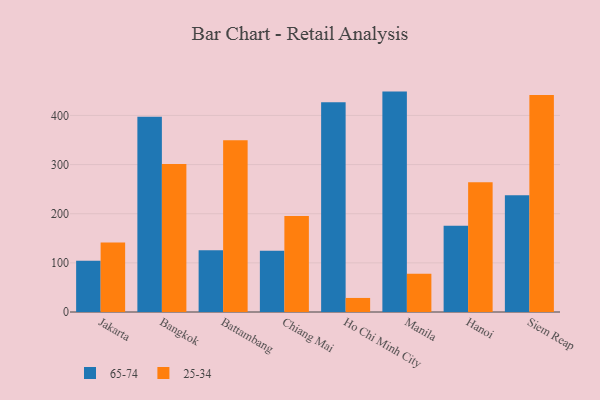
{"axis": {"x": "City", "y": "Humidity (%)"}, "legend": ["25-34", "65-74"], "data": [{"x": "Jakarta", "y": 104.4, "type": "65-74"}, {"x": "Jakarta", "y": 141.4, "type": "25-34"}, {"x": "Bangkok", "y": 397.5, "type": "65-74"}, {"x": "Bangkok", "y": 301.3, "type": "25-34"}, {"x": "Battambang", "y": 125.9, "type": "65-74"}, {"x": "Battambang", "y": 349.7, "type": "25-34"}, {"x": "Chiang Mai", "y": 124.8, "type": "65-74"}, {"x": "Chiang Mai", "y": 195.3, "type": "25-34"}, {"x": "Ho Chi Minh City", "y": 426.8, "type": "65-74"}, {"x": "Ho Chi Minh City", "y": 28.6, "type": "25-34"}, {"x": "Manila", "y": 448.5, "type": "65-74"}, {"x": "Manila", "y": 77.9, "type": "25-34"}, {"x": "Hanoi", "y": 175.4, "type": "65-74"}, {"x": "Hanoi", "y": 264.2, "type": "25-34"}, {"x": "Siem Reap", "y": 237.8, "type": "65-74"}, {"x": "Siem Reap", "y": 441.7, "type": "25-34"}]}